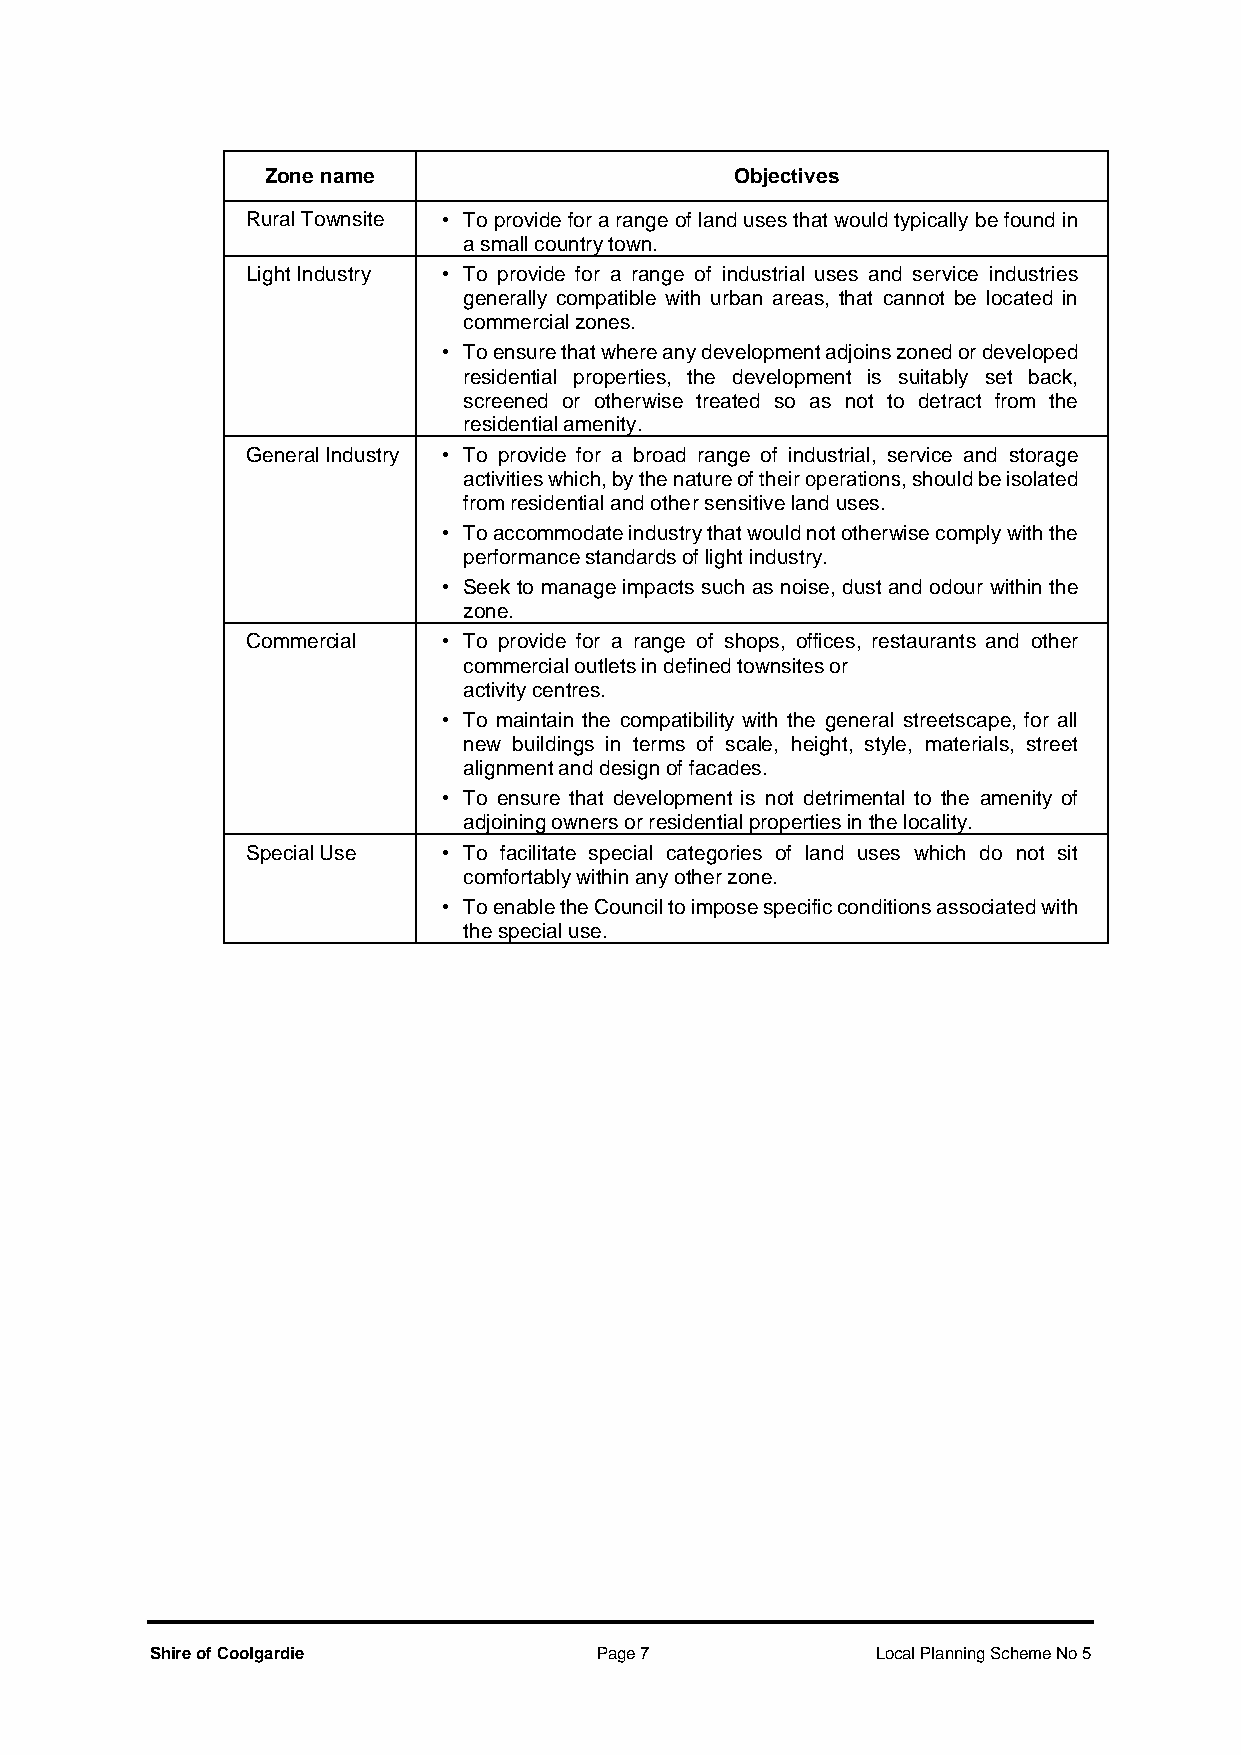
Zone name                      Objectives
 Rural Townsite • To provide for a range of land uses that would typically be found in
 a small country town.
 Light Industry • To provide for a range of industrial uses and service industries
 generally compatible with urban areas, that cannot be located in
 commercial zones.
 • To ensure that where any development adjoins zoned or developed
 residential properties, the development is suitably set back,
 screened or otherwise treated so as not to detract from the
 residential amenity.
 General Industry • To provide for a broad range of industrial, service and storage
 activities which, by the nature of their operations, should be isolated
 from residential and other sensitive land uses.
 • To accommodate industry that would not otherwise comply with the
 performance standards of light industry.
 • Seek to manage impacts such as noise, dust and odour within the
 zone.
 Commercial   • To provide for a range of shops, offices, restaurants and other
 commercial outlets in defined townsites or
 activity centres.
 • To maintain the compatibility with the general streetscape, for all
 new buildings in terms of scale, height, style, materials, street
 alignment and design of facades.
 • To ensure that development is not detrimental to the amenity of
 adjoining owners or residential properties in the locality.
 Special Use  • To facilitate special categories of land uses which do not sit
 comfortably within any other zone.
 • To enable the Council to impose specific conditions associated with
 the special use.
 Shire of Coolgardie          Page 7             Local Planning Scheme No 5